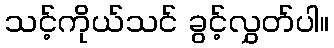
သင့်ကိုယ်သင် ခွင့်လွှတ်ပါ။